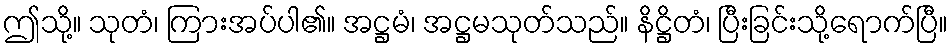
ဤသို့။ သုတံ၊ ကြားအပ်ပါ၏။ အဋ္ဌမံ၊ အဋ္ဌမသုတ်သည်။ နိဋ္ဌိတံ၊ ပြီးခြင်းသို့ရောက်ပြီ။